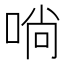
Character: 𠶤